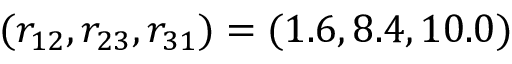
( r _ { 1 2 } , r _ { 2 3 } , r _ { 3 1 } ) = ( 1 . 6 , 8 . 4 , 1 0 . 0 )